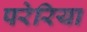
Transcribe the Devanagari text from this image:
परेरिया